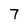
Character: 7